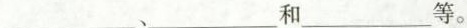
___、___和___等。